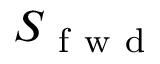
{ \cal S } _ { \mathrm { ~ f ~ w ~ d ~ } }